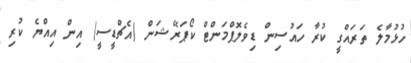
ހުޅުމާލެ ތަރައްގީ ކުރާ ހައުސިން ޑިވެލޮޕްމަންޓް ކޯޕަރޭޝަން (އެޗްޑީސީ) އިން އިއްޔެ ކުރި